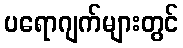
ပရောဂျက်များတွင်